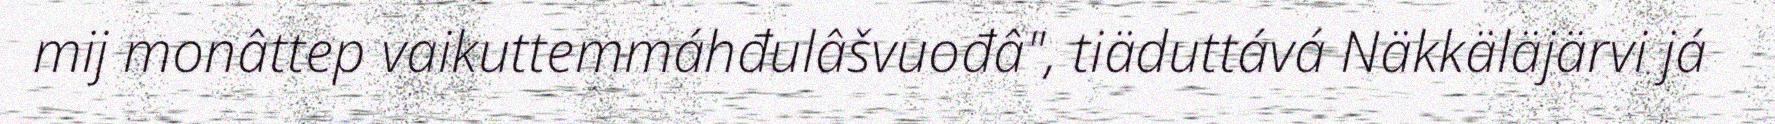
mij monâttep vaikuttemmáhđulâšvuođâ", tiäduttává Näkkäläjärvi já